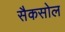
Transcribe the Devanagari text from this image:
सैकसोल